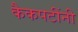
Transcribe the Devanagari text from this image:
कैकपटींनी